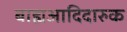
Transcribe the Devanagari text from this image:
बाह्यआदिदारुक